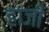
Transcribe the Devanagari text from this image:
हांजी